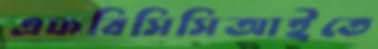
এফবিসিসিআইতে